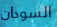
السودان